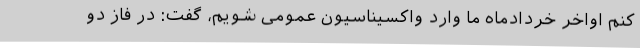
کنم اواخر خردادماه ما وارد واکسیناسیون عمومی شویم، گفت: در فاز دو